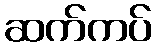
ဆက်ကပ်